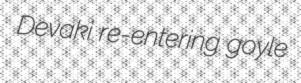
Devaki re-entering goyle